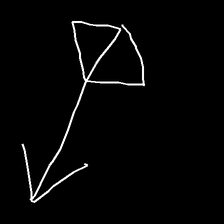
Glyph: focus